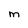
Character: m